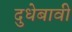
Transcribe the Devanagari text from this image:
दुधेबावी